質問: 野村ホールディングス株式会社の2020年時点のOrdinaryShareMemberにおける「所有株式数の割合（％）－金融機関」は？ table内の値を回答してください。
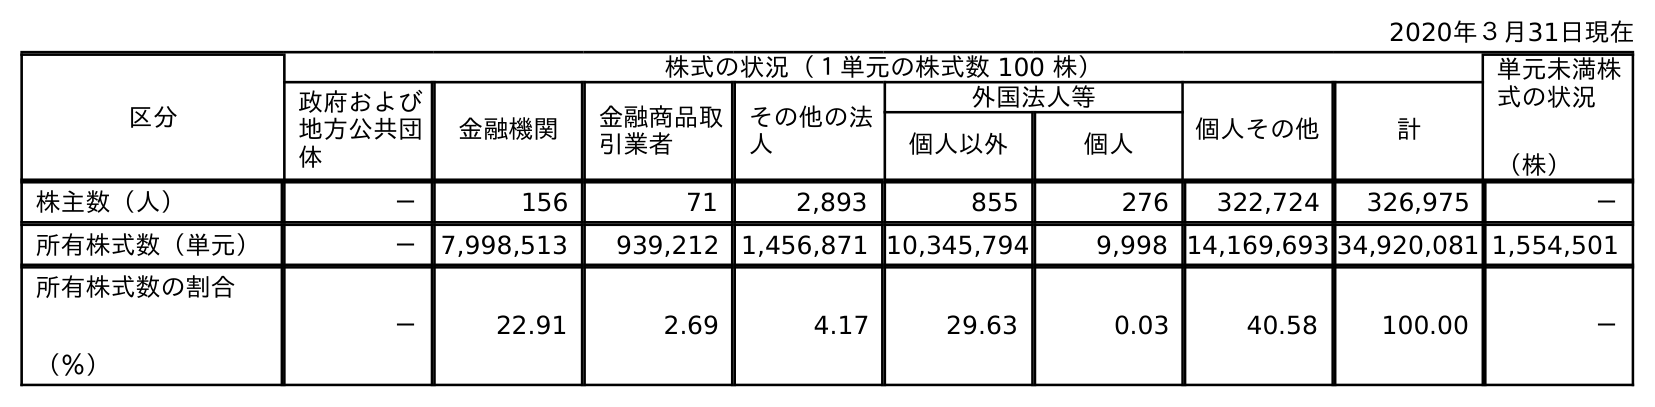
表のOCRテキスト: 2020年３月31日現在 区分 株式の状況（１単元の株式数 100 株） 単元未満株 式の状況 （株） 政府および 地方公共団 体 金融機関 金融商品取 引業者 その他の法 人 外国法人等 個人その他 計 個人以外 個人 株主数（人） － 156 71 2,893 855 276 322,724 326,975 － 所有株式数（単元） － 7,998,513 939,212 1,456,871 10,345,794 9,998 14,169,693 34,920,081 1,554,501 所有株式数の割合 （％） － 22.91 2.69 4.17 29.63 0.03 40.58 100.00 －
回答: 22.91